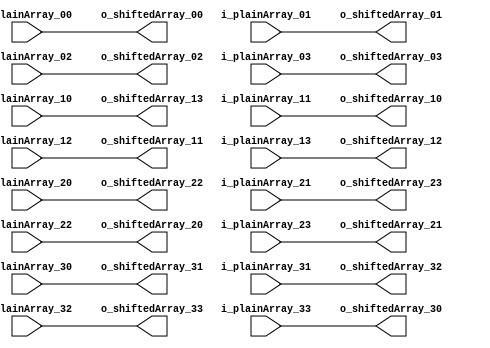

// Shifting the rows of the matrix

module Shift_Rows(
	input [7:0] i_plainArray_00,
	input [7:0] i_plainArray_01,
	input [7:0] i_plainArray_02,
	input [7:0] i_plainArray_03,

	input [7:0] i_plainArray_10,
	input [7:0] i_plainArray_11,
	input [7:0] i_plainArray_12,
	input [7:0] i_plainArray_13,

	input [7:0] i_plainArray_20,
	input [7:0] i_plainArray_21,
	input [7:0] i_plainArray_22,
	input [7:0] i_plainArray_23,

	input [7:0] i_plainArray_30,
	input [7:0] i_plainArray_31,
	input [7:0] i_plainArray_32,
	input [7:0] i_plainArray_33,

	output [7:0] o_shiftedArray_00,
	output [7:0] o_shiftedArray_01,
	output [7:0] o_shiftedArray_02,
	output [7:0] o_shiftedArray_03,

	output [7:0] o_shiftedArray_10,
	output [7:0] o_shiftedArray_11,
	output [7:0] o_shiftedArray_12,
	output [7:0] o_shiftedArray_13,

	output [7:0] o_shiftedArray_20,
	output [7:0] o_shiftedArray_21,
	output [7:0] o_shiftedArray_22,
	output [7:0] o_shiftedArray_23,

	output [7:0] o_shiftedArray_30,
	output [7:0] o_shiftedArray_31,
	output [7:0] o_shiftedArray_32,
	output [7:0] o_shiftedArray_33
	);
	
	// 1st row - Shif by 0
	assign o_shiftedArray_00 = i_plainArray_00;
	assign o_shiftedArray_01 = i_plainArray_01;
	assign o_shiftedArray_02 = i_plainArray_02;
	assign o_shiftedArray_03 = i_plainArray_03;

	// 2nd row - Shif by 1
	assign o_shiftedArray_10 = i_plainArray_11;
	assign o_shiftedArray_11 = i_plainArray_12;
	assign o_shiftedArray_12 = i_plainArray_13;
	assign o_shiftedArray_13 = i_plainArray_10;

	// 3rd row - Shif by 2
	assign o_shiftedArray_20 = i_plainArray_22;
	assign o_shiftedArray_21 = i_plainArray_23;
	assign o_shiftedArray_22 = i_plainArray_20;
	assign o_shiftedArray_23 = i_plainArray_21;
	
	// 4th row - Shif by 3
	assign o_shiftedArray_30 = i_plainArray_33;
	assign o_shiftedArray_31 = i_plainArray_30;
	assign o_shiftedArray_32 = i_plainArray_31;
	assign o_shiftedArray_33 = i_plainArray_32;

endmodule